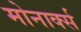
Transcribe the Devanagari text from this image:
मोनार्क्स